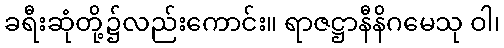
ခရီးဆုံတို့၌လည်းကောင်း။ ရာဇဋ္ဌာနီနိဂမေသု ဝါ၊